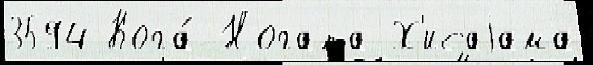
3594 Кога́ Ногата Х'исаjама